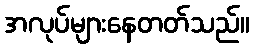
အလုပ်များနေတတ်သည်။